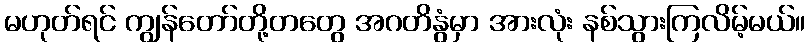
မဟုတ်ရင် ကျွန်တော်တို့တတွေ အဂတိနွံမှာ အားလုံး နစ်သွားကြလိမ့်မယ်။